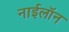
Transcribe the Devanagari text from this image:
नाईलॉन